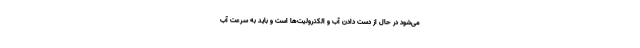
می‌شود در حال از دست دادن آب و الکترولیت‌ها است و باید به سرعت آب